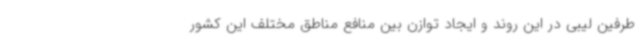
طرفین لیبی در این روند و ایجاد توازن بین منافع مناطق مختلف این کشور